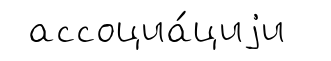
ассоциа́циjи